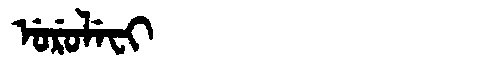
Manchu: ᡠᡵᡠᠯᡝᠸᡳ
Romanization: URULEFI